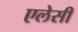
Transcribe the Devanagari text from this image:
एलेसी